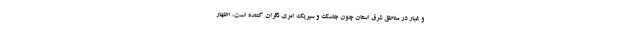
و غبار در مناطق شرق استان چون جاسک و سیریک امری نگران کننده است، اظهار